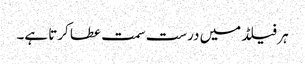
ہر فیلڈ میں درست سمت عطا کرتا ہے۔